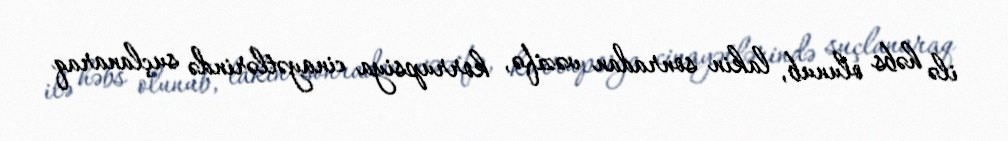
ilə həbs olunub, lakin sonradan vəzifə, korrupsiya cinayətlərində suçlanaraq